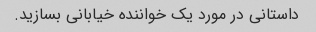
داستانی در مورد یک خواننده خیابانی بسازید.